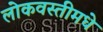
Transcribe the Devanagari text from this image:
लोकवस्तीमधे